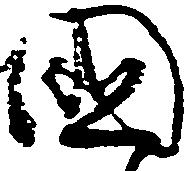
国